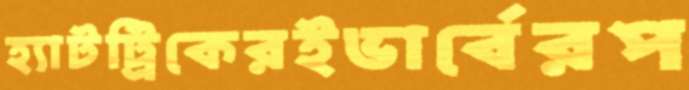
হ্যাটট্রিকেরইভার্বেরপ